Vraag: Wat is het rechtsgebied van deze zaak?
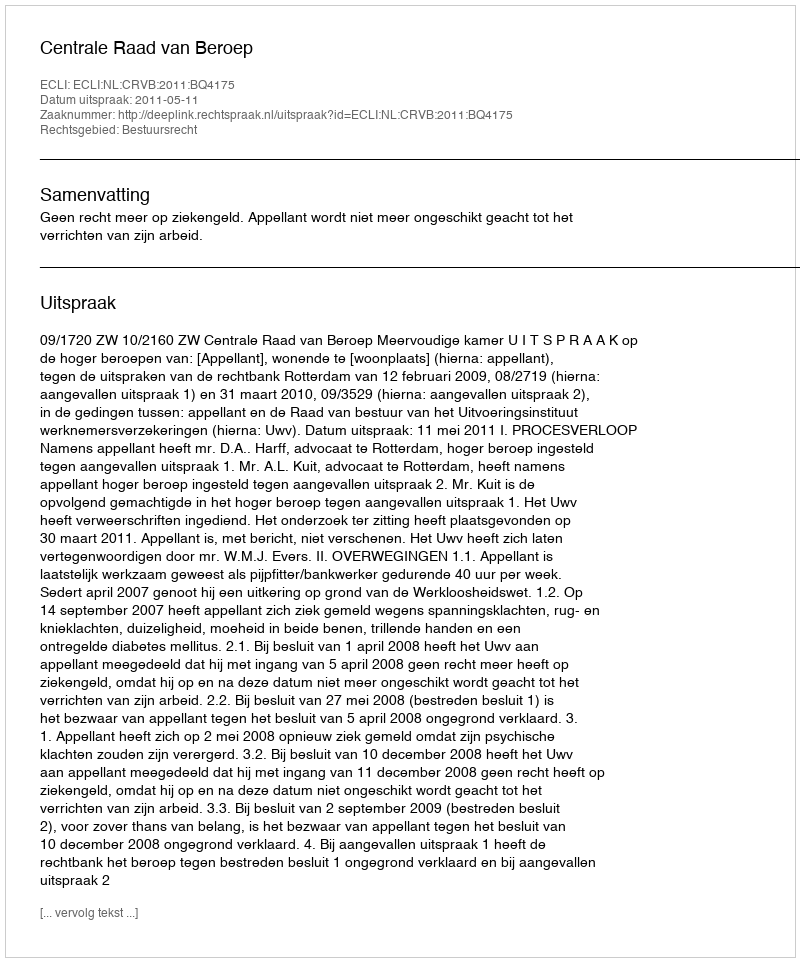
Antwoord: Bestuursrecht